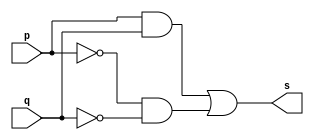
//--------------------------------------
//Exercicio0007 - XNOR
//Nome: Mateus Guilherme do Carmo Cruz
//Matrcula: 427446
//---------------------------------------

//------------------
//-- xnor gate
//------------------

module xnorgate(output s,
						input p,
						input q);
	assign s = p&q | (~p)&(~q);
endmodule//xnorgate

//--------------------
//-- test xnor gate
//--------------------

module testxnorgate;
	//------------ definir dados
	reg a,b;	//definir registradores
	wire s;	//conexo(fio)
	
	//------------------- instancia
	xnorgate XNOR1(s,a,b);
	
	//-------------------preparacao
	initial begin:start
		a=0;b=0;
	end
	
	//-------------------parte principal
	initial begin
		$display("Exercicio0007 - Mateus Guilherme do Carmo Cruz - 427446");
		$display("Test XNOR gate");
		$display("\na ~^ b = s\n");
		$monitor("%b ~^ %b = %b",a,b,s);
		#1 a=0;b=1;
		#1 a=1;b=0;
		#1 a=1;b=1;
	end

endmodule//testxnorgate